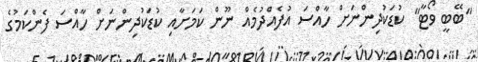
"ބޭބީ ވޯޓާ" ކުޑަކުދިންނަށް ހާއްސަ އުފެއްދުމެއް ނޫން ކަމަށާއި ކުޑަކުދިންނަށް ހާއްސަ ފެންކަމުގެ